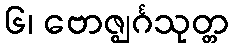
၆၊ ဗောဇ္ဈင်္ဂသုတ္တ